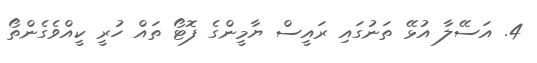
4. އަސޭލާ އުޅޭ ތަނުގައި ރައީސް ޔާމީންގެ ފޮޓޯ ތައް ހުރީ ކީއްވެގެންތޯ